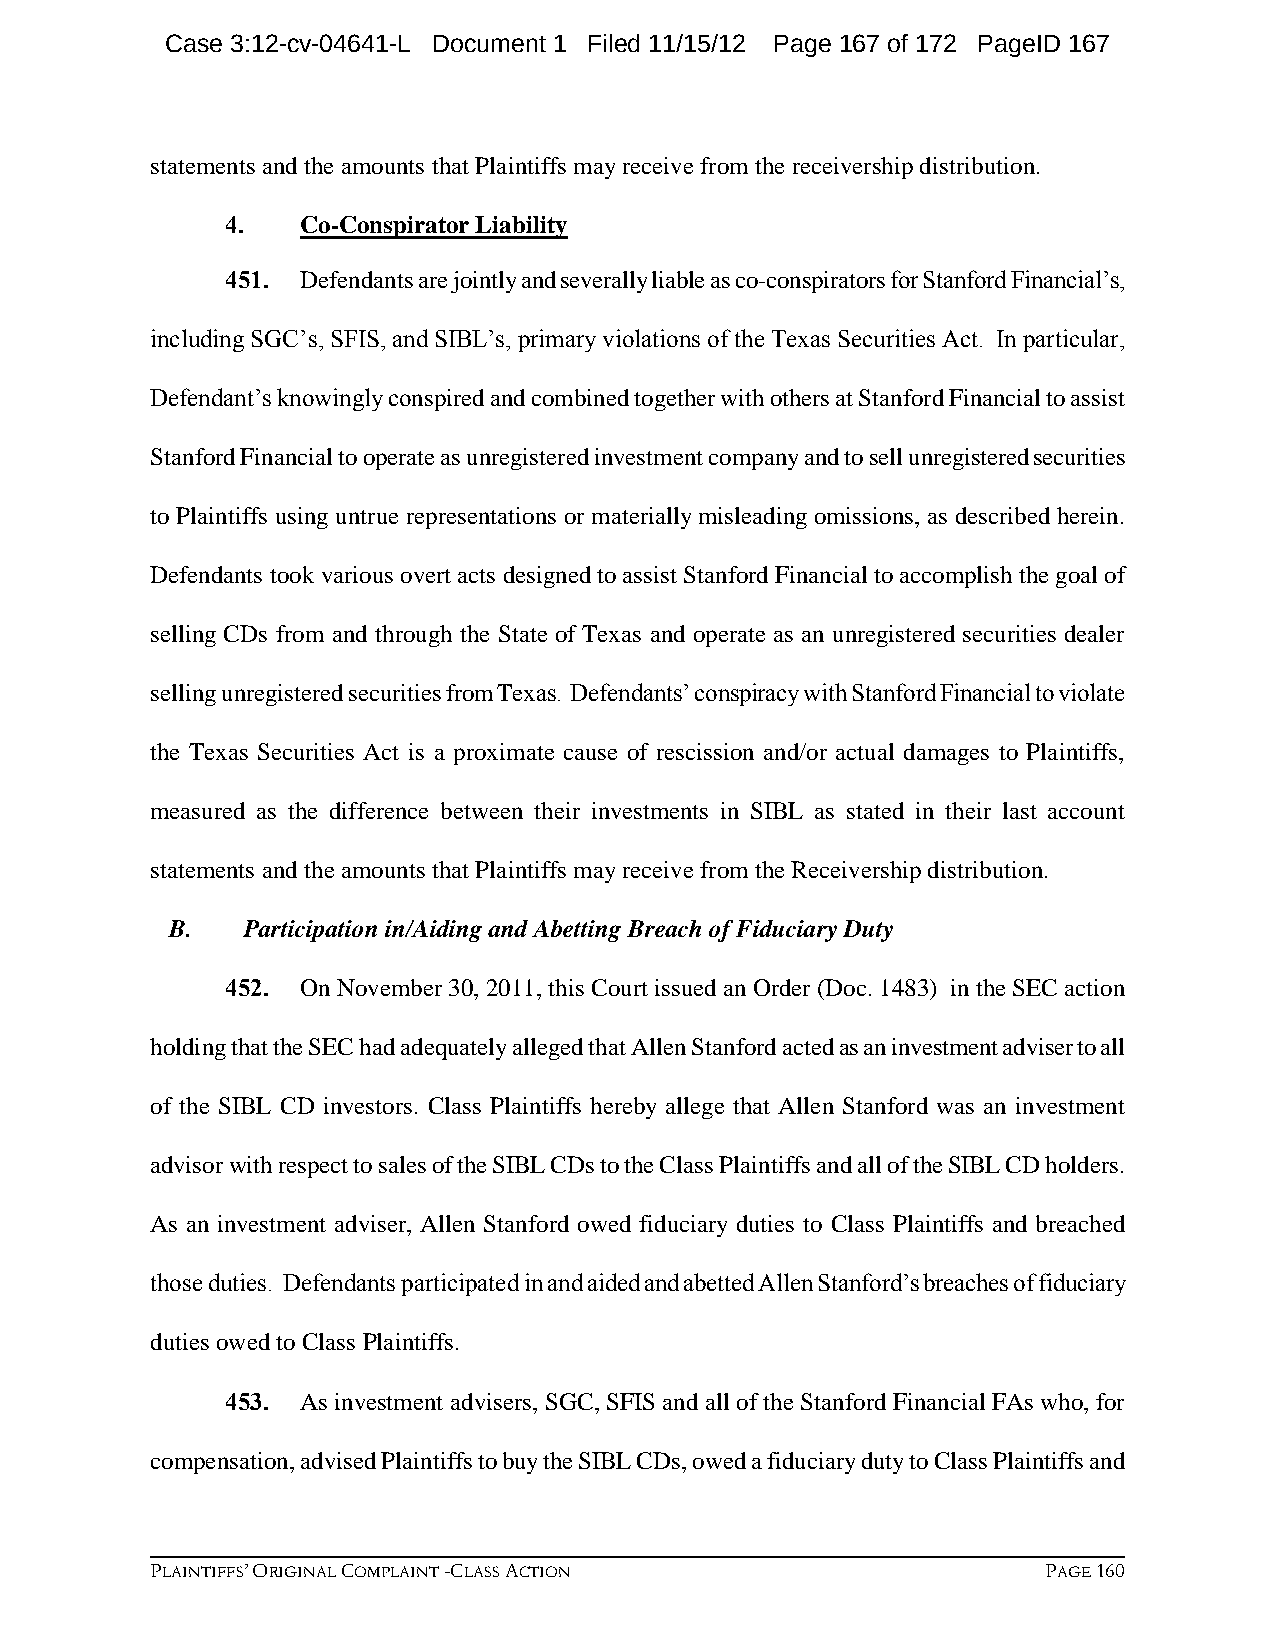
Case 3:12-cv-04641-L Document 1 Filed 11/15/12 Page 167 of 172 PageID 167
 statements and the amounts that Plaintiffs may receive from the receivership distribution.
 4.   Co-Conspirator Liability
 451. Defendants are jointly and severally liable as co-conspirators for Stanford Financial’s,
 including SGC’s, SFIS, and SIBL’s, primary violations of the Texas Securities Act. In particular,
 Defendant’s knowingly conspired and combined together with others at Stanford Financial to assist
 Stanford Financial to operate as unregistered investment company and to sell unregistered securities
 to Plaintiffs using untrue representations or materially misleading omissions, as described herein.
 Defendants took various overt acts designed to assist Stanford Financial to accomplish the goal of
 selling CDs from and through the State of Texas and operate as an unregistered securities dealer
 selling unregistered securities from Texas. Defendants’ conspiracy with Stanford Financial to violate
 the Texas Securities Act is a proximate cause of rescission and/or actual damages to Plaintiffs,
 measured as the difference between their investments in SIBL as stated in their last account
 statements and the amounts that Plaintiffs may receive from the Receivership distribution.
 B.   Participation in/Aiding and Abetting Breach of Fiduciary Duty
 452. On November 30, 2011, this Court issued an Order (Doc. 1483) in the SEC action
 holding that the SEC had adequately alleged that Allen Stanford acted as an investment adviser to all
 of the SIBL CD investors. Class Plaintiffs hereby allege that Allen Stanford was an investment
 advisor with respect to sales of the SIBL CDs to the Class Plaintiffs and all of the SIBL CD holders.
 As an investment adviser, Allen Stanford owed fiduciary duties to Class Plaintiffs and breached
 those duties. Defendants participated in and aided and abetted Allen Stanford’s breaches of fiduciary
 duties owed to Class Plaintiffs.
 453. As investment advisers, SGC, SFIS and all of the Stanford Financial FAs who, for
 compensation, advised Plaintiffs to buy the SIBL CDs, owed a fiduciary duty to Class Plaintiffs and
 PLAINTIFFS’ ORIGINAL COMPLAINT -CLASS ACTION               PAGE 160